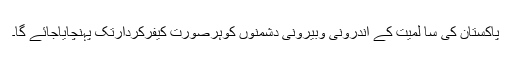
پاکستان کی سا لمیت کے اندرونی وبیرونی دشمنوں کوہرصورت کیفرکردارتک پہنچایاجائے گا۔